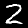
Digit: 2